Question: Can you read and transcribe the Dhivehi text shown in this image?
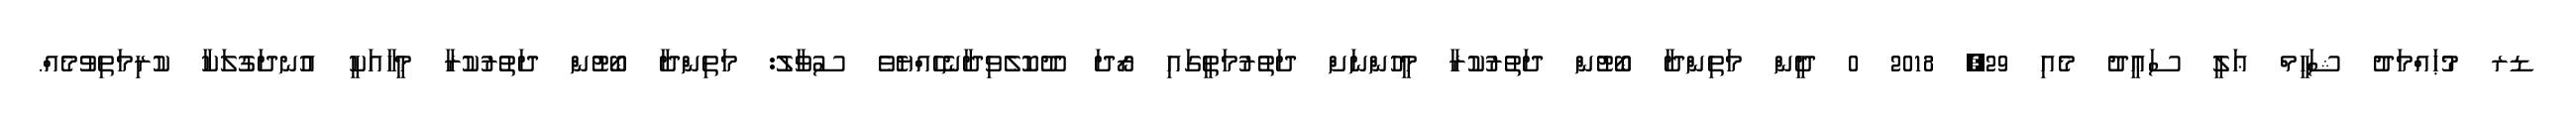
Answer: ޑރ މުޙައްމަދު ޝަހީމް ޢަލީ ސަޢީދު މެއި 29, 2018 0 ދީން މަތިންދާ ބޯޓުން ދަތުރުކުރާ މީހުންނަށް ދަތުރުމަތީގައި ރޯދަ ދޫކޮލެވިދާނެހެއްޔެވެ ސުވާލު: މަތިންދާ ބޯޓުން ދަތުރުކުރާ މީހާއަކީ އުނދަގުލަކާ ކުރިމަތިވުމެއް.